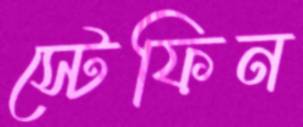
স্টেফিন